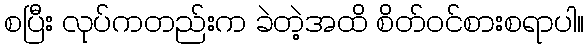
စပြီး လုပ်ကတည်းက ခဲတဲ့အထိ စိတ်ဝင်စားစရာပါ။